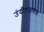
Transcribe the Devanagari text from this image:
उंदीरनाशक